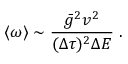
\langle \omega \rangle \sim \frac { \bar { g } ^ { 2 } v ^ { 2 } } { ( \Delta \tau ) ^ { 2 } \Delta E } \; .